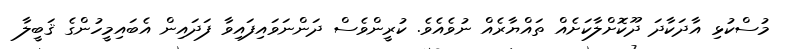
މުސްކުޅި އާދަކާދަ ދޫކޮށްލާކަށެއް ތައްޔާރެއް ނުވެއެވެ. ކުރީންވެސް ދަންނަވައިފައިވާ ފަދައިން އެބައިމީހުންގެ ޤަބީލާ